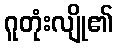
ဂူတုံးလျို၏